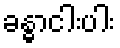
ခန္ဓာငါးပါး